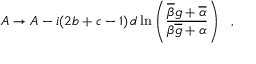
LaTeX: A \rightarrow A - i ( 2 b + c - 1 ) \, d \ln \left( \frac { \overline { { { \beta } } } g + \overline { { { \alpha } } } } { \beta \overline { { { g } } } + \alpha } \right) ~ ~ ,